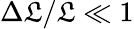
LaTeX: \Delta\mathfrak{L}/\mathfrak{L}\ll1